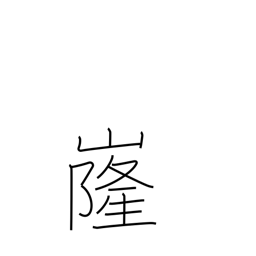
Meaning: shape of a mountain